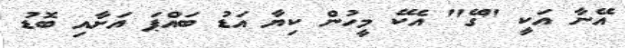
އޭނާ އަކީ "ގޭ" އެކޭ މީހުން ކިޔާ އަޑު ބައްޕަ އަށާއި ބޮޑު